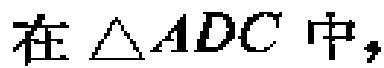
在\(\triangle ADC\)中，